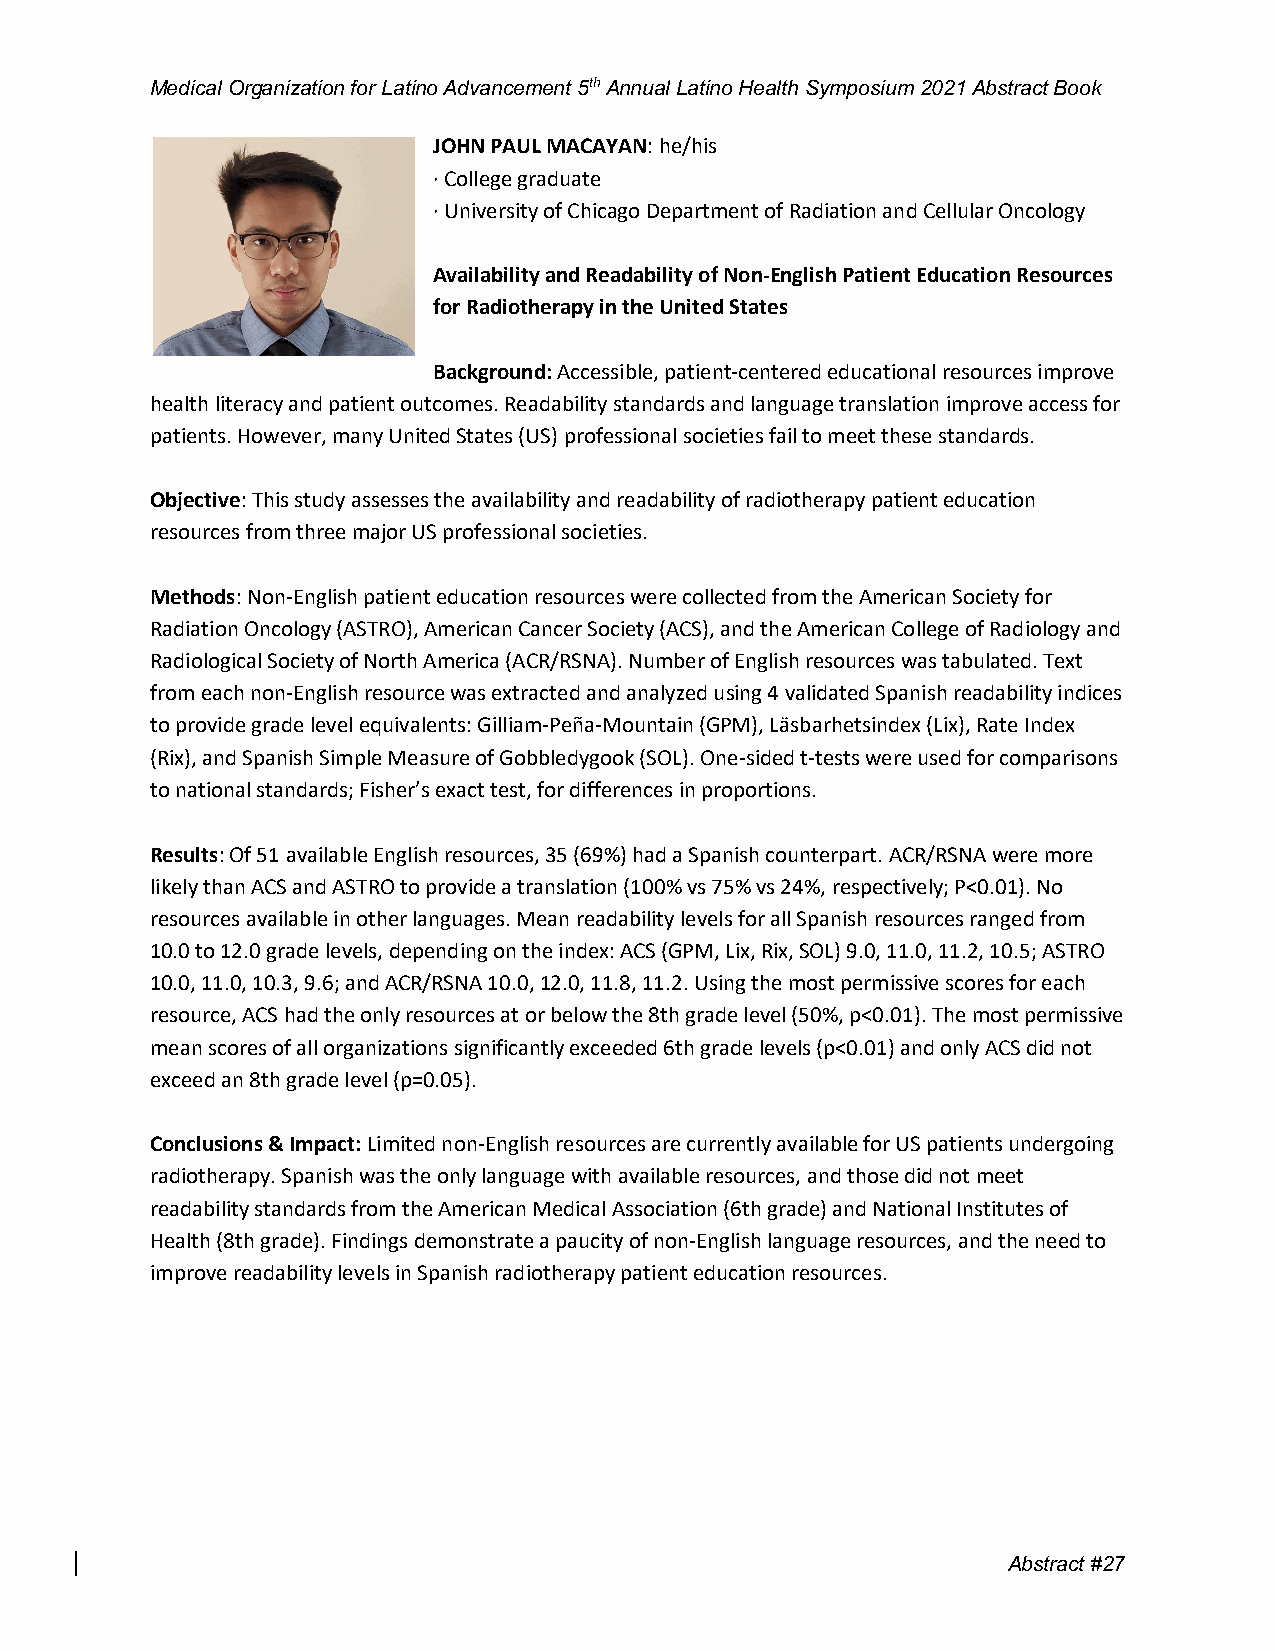
Medical Organization for Latino Advancement 5th Annual Latino Health Symposium 2021 Abstract Book
 JOHN PAUL MACAYAN: he/his
 · College graduate
 · University of Chicago Department of Radiation and Cellular Oncology
 Availability and Readability of Non-English Patient Education Resources
 for Radiotherapy in the United States
 Background: Accessible, patient-centered educational resources improve
 health literacy and patient outcomes. Readability standards and language translation improve access for
 patients. However, many United States (US) professional societies fail to meet these standards.
 Objective: This study assesses the availability and readability of radiotherapy patient education
 resources from three major US professional societies.
 Methods: Non-English patient education resources were collected from the American Society for
 Radiation Oncology (ASTRO), American Cancer Society (ACS), and the American College of Radiology and
 Radiological Society of North America (ACR/RSNA). Number of English resources was tabulated. Text
 from each non-English resource was extracted and analyzed using 4 validated Spanish readability indices
 to provide grade level equivalents: Gilliam-Peña-Mountain (GPM), Läsbarhetsindex (Lix), Rate Index
 (Rix), and Spanish Simple Measure of Gobbledygook (SOL). One-sided t-tests were used for comparisons
 to national standards; Fisher’s exact test, for differences in proportions.
 Results: Of 51 available English resources, 35 (69%) had a Spanish counterpart. ACR/RSNA were more
 likely than ACS and ASTRO to provide a translation (100% vs 75% vs 24%, respectively; P<0.01). No
 resources available in other languages. Mean readability levels for all Spanish resources ranged from
 10.0 to 12.0 grade levels, depending on the index: ACS (GPM, Lix, Rix, SOL) 9.0, 11.0, 11.2, 10.5; ASTRO
 10.0, 11.0, 10.3, 9.6; and ACR/RSNA 10.0, 12.0, 11.8, 11.2. Using the most permissive scores for each
 resource, ACS had the only resources at or below the 8th grade level (50%, p<0.01). The most permissive
 mean scores of all organizations significantly exceeded 6th grade levels (p<0.01) and only ACS did not
 exceed an 8th grade level (p=0.05).
 Conclusions & Impact: Limited non-English resources are currently available for US patients undergoing
 radiotherapy. Spanish was the only language with available resources, and those did not meet
 readability standards from the American Medical Association (6th grade) and National Institutes of
 Health (8th grade). Findings demonstrate a paucity of non-English language resources, and the need to
 improve readability levels in Spanish radiotherapy patient education resources.
 Abstract #27